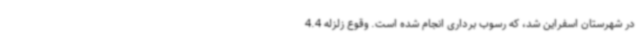
در شهرستان اسفراین شد، که رسوب برداری انجام شده است. وقوع زلزله 4.4